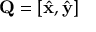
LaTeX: \mathbf { Q } = \left[ { \hat { \mathbf { x } } } , { \hat { \mathbf { y } } } \right]